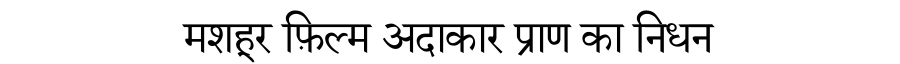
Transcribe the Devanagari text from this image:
मशहूर फ़िल्म अदाकार प्राण का निधन